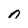
Character: n